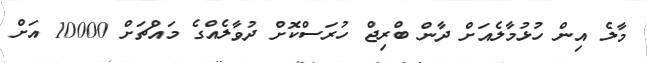
މާލެ އިން ހުޅުމާލެއަށް ދާން ބްރިޖް ހުރަސްކޮށް ދުވާލެއްގެ މައްޗަށް 10000 އަށް